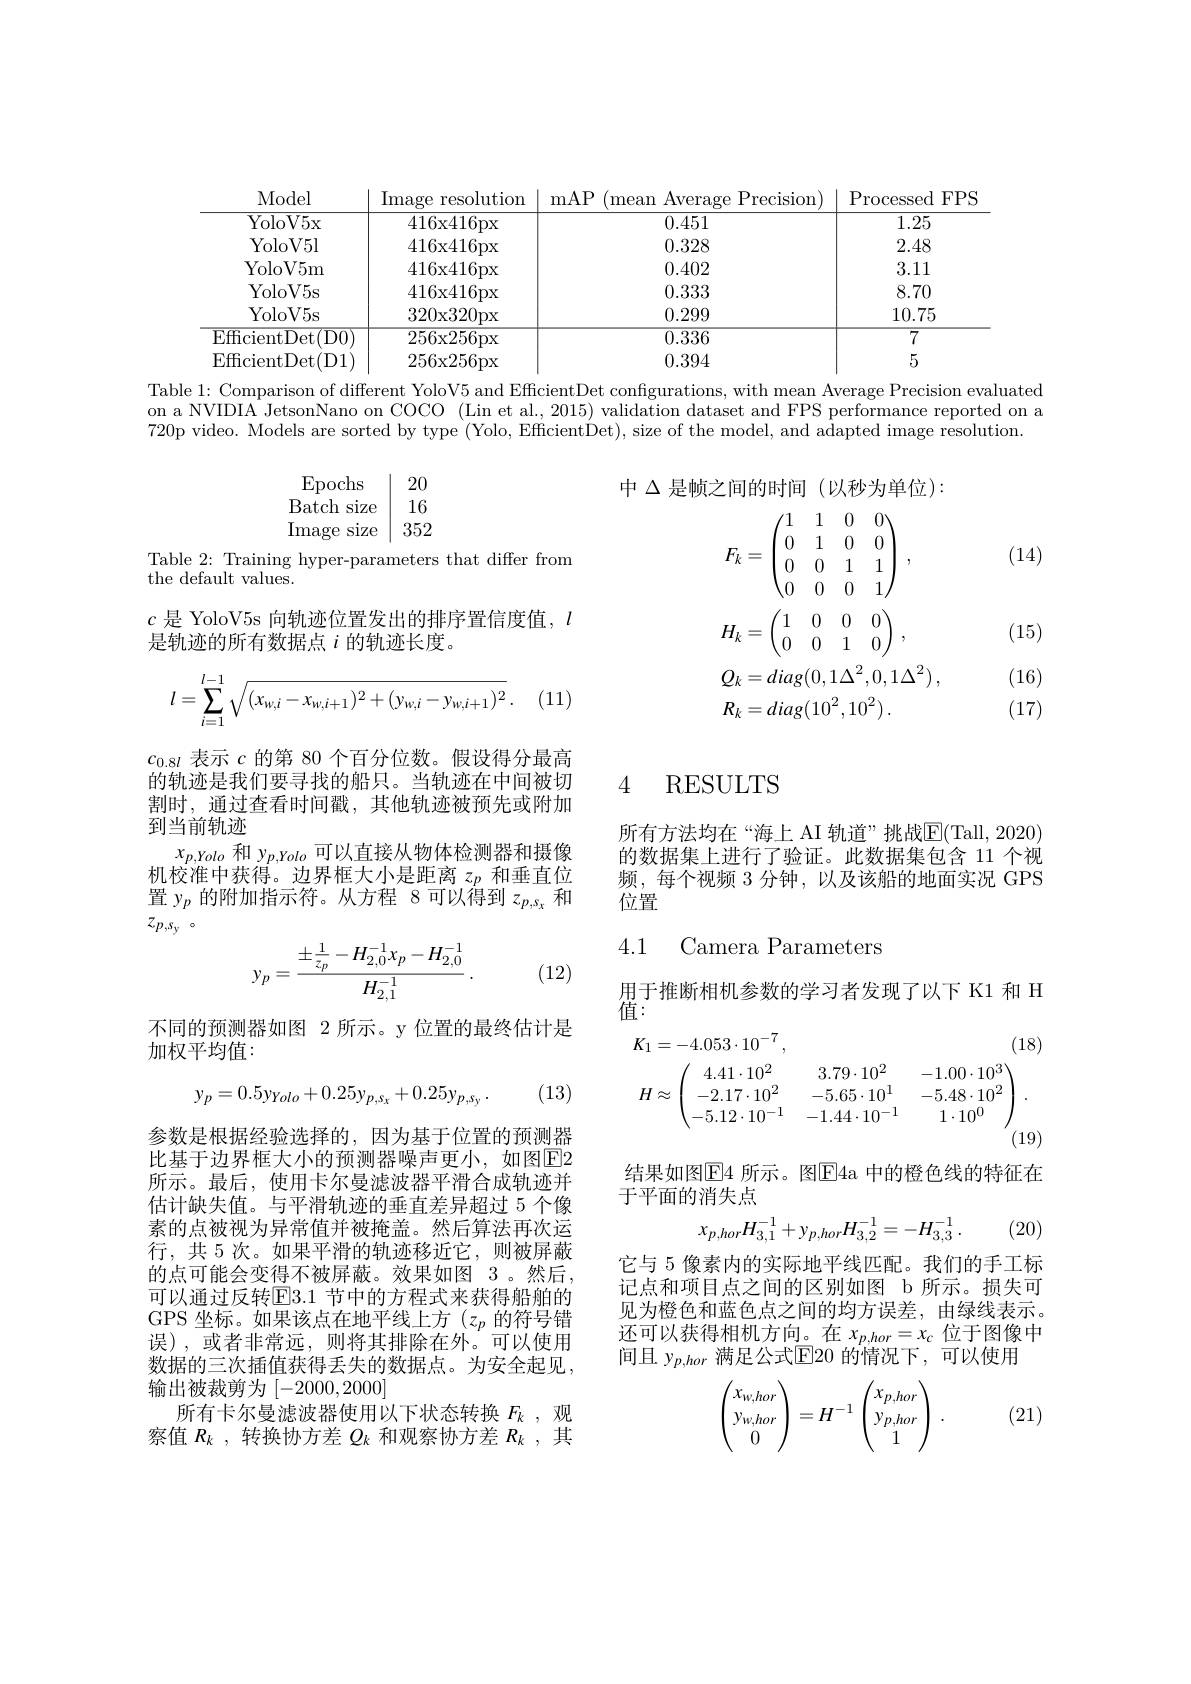
<table>
	<tbody>
		<tr>
			<th>Model</th>
			<th>Image resolution</th>
			<th>mAP mean $Av\epsilon$</th>
			<th>m Average Precision</th>
			<th>Processed $FPS$</th>
		</tr>
		<tr>
			<td>YoloV5x</td>
			<td>416x416px</td>
			<td>0.4</td>
			<td>0.451</td>
			<td>1.25</td>
		</tr>
		<tr>
			<td>YoloV5l</td>
			<td>416x416px</td>
			<td>0.3</td>
			<td>0.328</td>
			<td>2.48</td>
		</tr>
		<tr>
			<td>YoloV5m</td>
			<td>416x416px</td>
			<td>0.4</td>
			<td>0.402</td>
			<td>3.11</td>
		</tr>
		<tr>
			<td>YoloV5s</td>
			<td>416x416px</td>
			<td>0.3</td>
			<td>0.333</td>
			<td>8.70</td>
		</tr>
		<tr>
			<td>YoloV5s</td>
			<td>320x320px</td>
			<td>0.2</td>
			<td>0.299</td>
			<td>10.75</td>
		</tr>
		<tr>
			<td>$\operatorname{EfficientDet}$ $\overline{\mathrm{D}0}$</td>
			<td>256x256px</td>
			<td>$\overline{0.3}$</td>
			<td>$\overline{0.336}$</td>
			<td>$\overline{7}$</td>
		</tr>
		<tr>
			<td>$\operatorname{EfficientDet}($D1)</td>
			<td>256x256px</td>
			<td>0.3</td>
			<td>0.394</td>
			<td>5</td>
		</tr>
	</tbody>
</table>

Table 1: Comparison of different YoloV5 and EffcientDet configurations, with mean Average Precision evaluated on a NVIDIA JetsonNano on COCO (Lin et al., 2015) validation dataset and FPS performance reported on a 720p video. Models are sorted by type (Yolo, Efficient$\mathrm\mathrm\mathrm\mathrm~(~Yolo,~Efficient\mathrm\mathrm\mathrm\mathrm Det),~size~of~the~model,~and~adapted~image~resolution.$

中$\Delta$是帧之间的时间(以秒为单位):
$$\begin{aligned}&F_{k}=\begin{pmatrix}1&1&0&0\\0&1&0&0\\0&0&1&1\\0&0&0&1\end{pmatrix},\\&H_{k}=\begin{pmatrix}1&0&0&0\\0&0&1&0\end{pmatrix},\\&Q_{k}=diag(0,1\Delta^2,0,1\Delta^2)\:,\\&R_{k}=diag(10^2,10^2)\:.\end{aligned}$$
$\operatorname{Epochs}$
20
${\tilde{\mathrm{Batch~size}} }$ 16 Image size |352

(14)

Table 2: Training hyper-parameters that differ from
the default values.
$c$是 YoloV5s 向轨迹位置发出的排序置信度值，$\iota$
是轨迹的所有数据点$i$的轨迹长度。

(15)

(16)

(17)

(11
$$\begin{aligned}l=\sum_{i=1}^{l-1}\sqrt{(x_{w,i}-x_{w,i+1})^2+(y_{w,i}-y_{w,i+1})^2}\:.\end{aligned}$$
### 4 RESULTS

$c_{0.8l}$表示$c$的第 80 个百分位数。假设得分最高的轨迹是我们要寻找的船只。当轨迹在中间被切割时，通过查看时间戳，其他轨迹被预先或附加到当前轨迹
$x_{p,Yolo}$和$y_{p,Yolo}$可以直接从物体检测器和摄像机校淮中获得。边界框大小是距离$z_p$和垂直位置$y_p$的附加指示符。从方程 8 可以得到$z_{p,s_x}$和$z_{p, s_y}$ 。

所有方法均在“海上 AI 轨道”挑战$\overline{\mathrm{E}}($Tall,2020) 的数据集上进行了验证。此数据集包含 11 个视频，每个视频 3 分钟，以及该船的地面实况 GPS 位置

4.1

Camera Parameters
$$y_p=\frac{\pm\frac{1}{z_p}-H_{2,0}^{-1}x_p-H_{2,0}^{-1}}{H_{2,1}^{-1}}\:.$$
(12)

用于推断相机参数的学习者发现了以下 K1 和 H
值：
$$\begin{aligned}&K_{1}=-4.053\cdot10^{-7}\:,&&(18)\\&H\approx\begin{pmatrix}4.41\cdot10^2&&3.79\cdot10^2&&-1.00\cdot10^3\\-2.17\cdot10^2&&-5.65\cdot10^1&&-5.48\cdot10^2\\-5.12\cdot10^{-1}&&-1.44\cdot10^{-1}&&1\cdot10^0\end{pmatrix}.\end{aligned}$$
不同的预测器如图 2 所示。y 位置的最终估计是
加权平均值：

(13)
$$y_{p}=0.5y_{Yolo}+0.25y_{p,s_{x}}+0.25y_{p,s_{y}}\:.$$
结果如图$\overline{\mathrm{E}}$4 所示。图$\overline{\mathrm{E}}$4a 中的橙色线的特征在
于平面的消失点
$$x_{p,hor}H_{3,1}^{-1}+y_{p,hor}H_{3,2}^{-1}=-H_{3,3}^{-1}\:.$$
(20)

参数是根据经验选择的，因为基于位置的预测器比基于边界框大小的预测器噪声更小，如图$\overline{\mathrm{E}}2$ 所示。最后，使用卡尔曼滤波器平滑合成轨迹并估计缺失值。与平滑轨迹的垂直差异超过 5 个像素的点被视为异常值并被掩盖。然后算法再次运行，共 5 次。如果平滑的轨迹移近它，则被屏蔽的点可能会变得不被屏蔽。效果如图 3 。然后， 可以通过反转$\mathbb{E}3.1$ 节中的方程式来获得船舶的GPS 坐标。如果该点在地平线上方(z,的符号错误),或者非常远，则将其排除在外。可以使用数据的三次插值获得丢失的数据点。为安全起见， 输出被裁剪为[-2000,2000]
所有卡尔曼滤波器使用以下状态转换$F_k$ ,观察值$R_k$,转换协方差$Q_k$和观察协方差$R_k$,其

它与 5 像素内的实际地平线匹配。我们的手工标记点和项目点之间的区别如图 b 所示。损失可见为橙色和蓝色点之间的均方误差，由绿线表示。还可以获得相机方向。在$x_p,hor=x_c$位于图像中间且 $y_{p,hor}$ 满足公式$\overline{\mathrm{E}}$20 的情况下，可以使用

(21)
$$\begin{pmatrix}x_{w,hor}\\y_{w,hor}\\0\end{pmatrix}=H^{-1}\begin{pmatrix}x_{p,hor}\\y_{p,hor}\\1\end{pmatrix}\:.$$